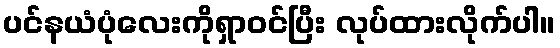
ပင်နယံပုံလေးကိုရှာဝင်ပြီး လုပ်ထားလိုက်ပါ။